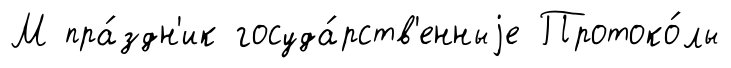
М пра́здн'ик госуда́рств'енныjе Протоко́лы